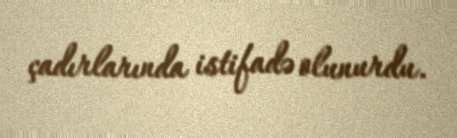
çadırlarında istifadə olunurdu.